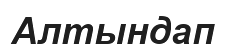
Алтындап